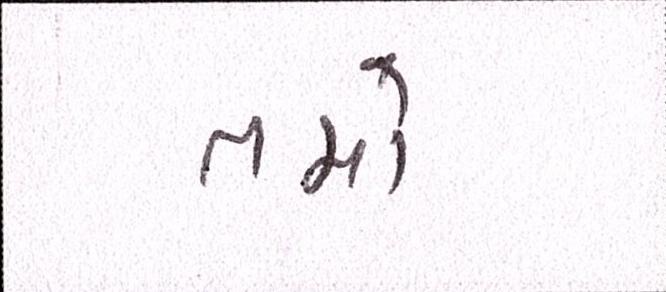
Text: તમો